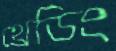
থ্রেডিং